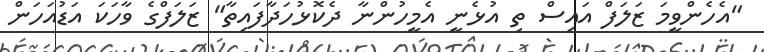
"އެހެންވީމަ ޒަލަފް އައިސް ތި އުޅެނީ އެމީހުންނާ ދެކޮޅުހަދާފައިތާ" ޒަލަފްގެ ވާހަކަ އަޑުއަހަން